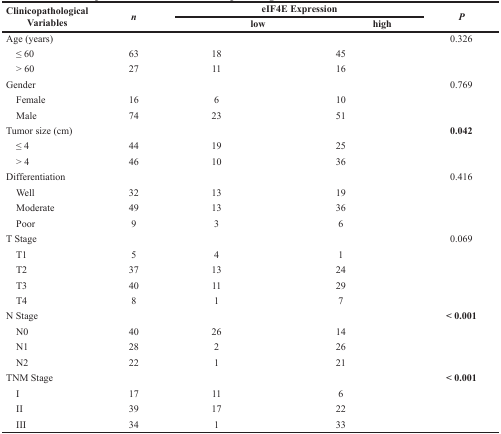
| <ROWSPAN=2> Clinicopathological Variables | <ROWSPAN=2> n | <COLSPAN=2> eIF4E Expression | <ROWSPAN=2> P |
 | low | high |
 | --- | --- | --- | --- | --- |
 | Age (years) |  |  |  | 0.326 |
 | ≤ 60 | 63 | 18 | 45 |  |
 | > 60 | 27 | 11 | 16 |  |
 | Gender |  |  |  | 0.769 |
 | Female | 16 | 6 | 10 |  |
 | Male | 74 | 23 | 51 |  |
 | Tumor size (cm) |  |  |  | 0.042 |
 | ≤ 4 | 44 | 19 | 25 |  |
 | > 4 | 46 | 10 | 36 |  |
 | Differentiation |  |  |  | 0.416 |
 | Well | 32 | 13 | 19 |  |
 | Moderate | 49 | 13 | 36 |  |
 | Poor | 9 | 3 | 6 |  |
 | T Stage |  |  |  | 0.069 |
 | T1 | 5 | 4 | 1 |  |
 | T2 | 37 | 13 | 24 |  |
 | T3 | 40 | 11 | 29 |  |
 | T4 | 8 | 1 | 7 |  |
 | N Stage |  |  |  | < 0.001 |
 | N0 | 40 | 26 | 14 |  |
 | N1 | 28 | 2 | 26 |  |
 | N2 | 22 | 1 | 21 |  |
 | TNM Stage |  |  |  | < 0.001 |
 | I | 17 | 11 | 6 |  |
 | II | 39 | 17 | 22 |  |
 | III | 34 | 1 | 33 |  |